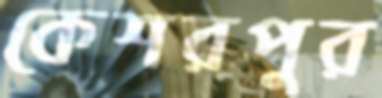
কেশরপুর